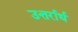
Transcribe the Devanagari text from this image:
उत्तर्रार्ध